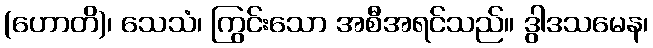
(ဟောတိ)၊ သေသံ၊ ကြွင်းသော အစီအရင်သည်။ ဒွါဒသမေန၊